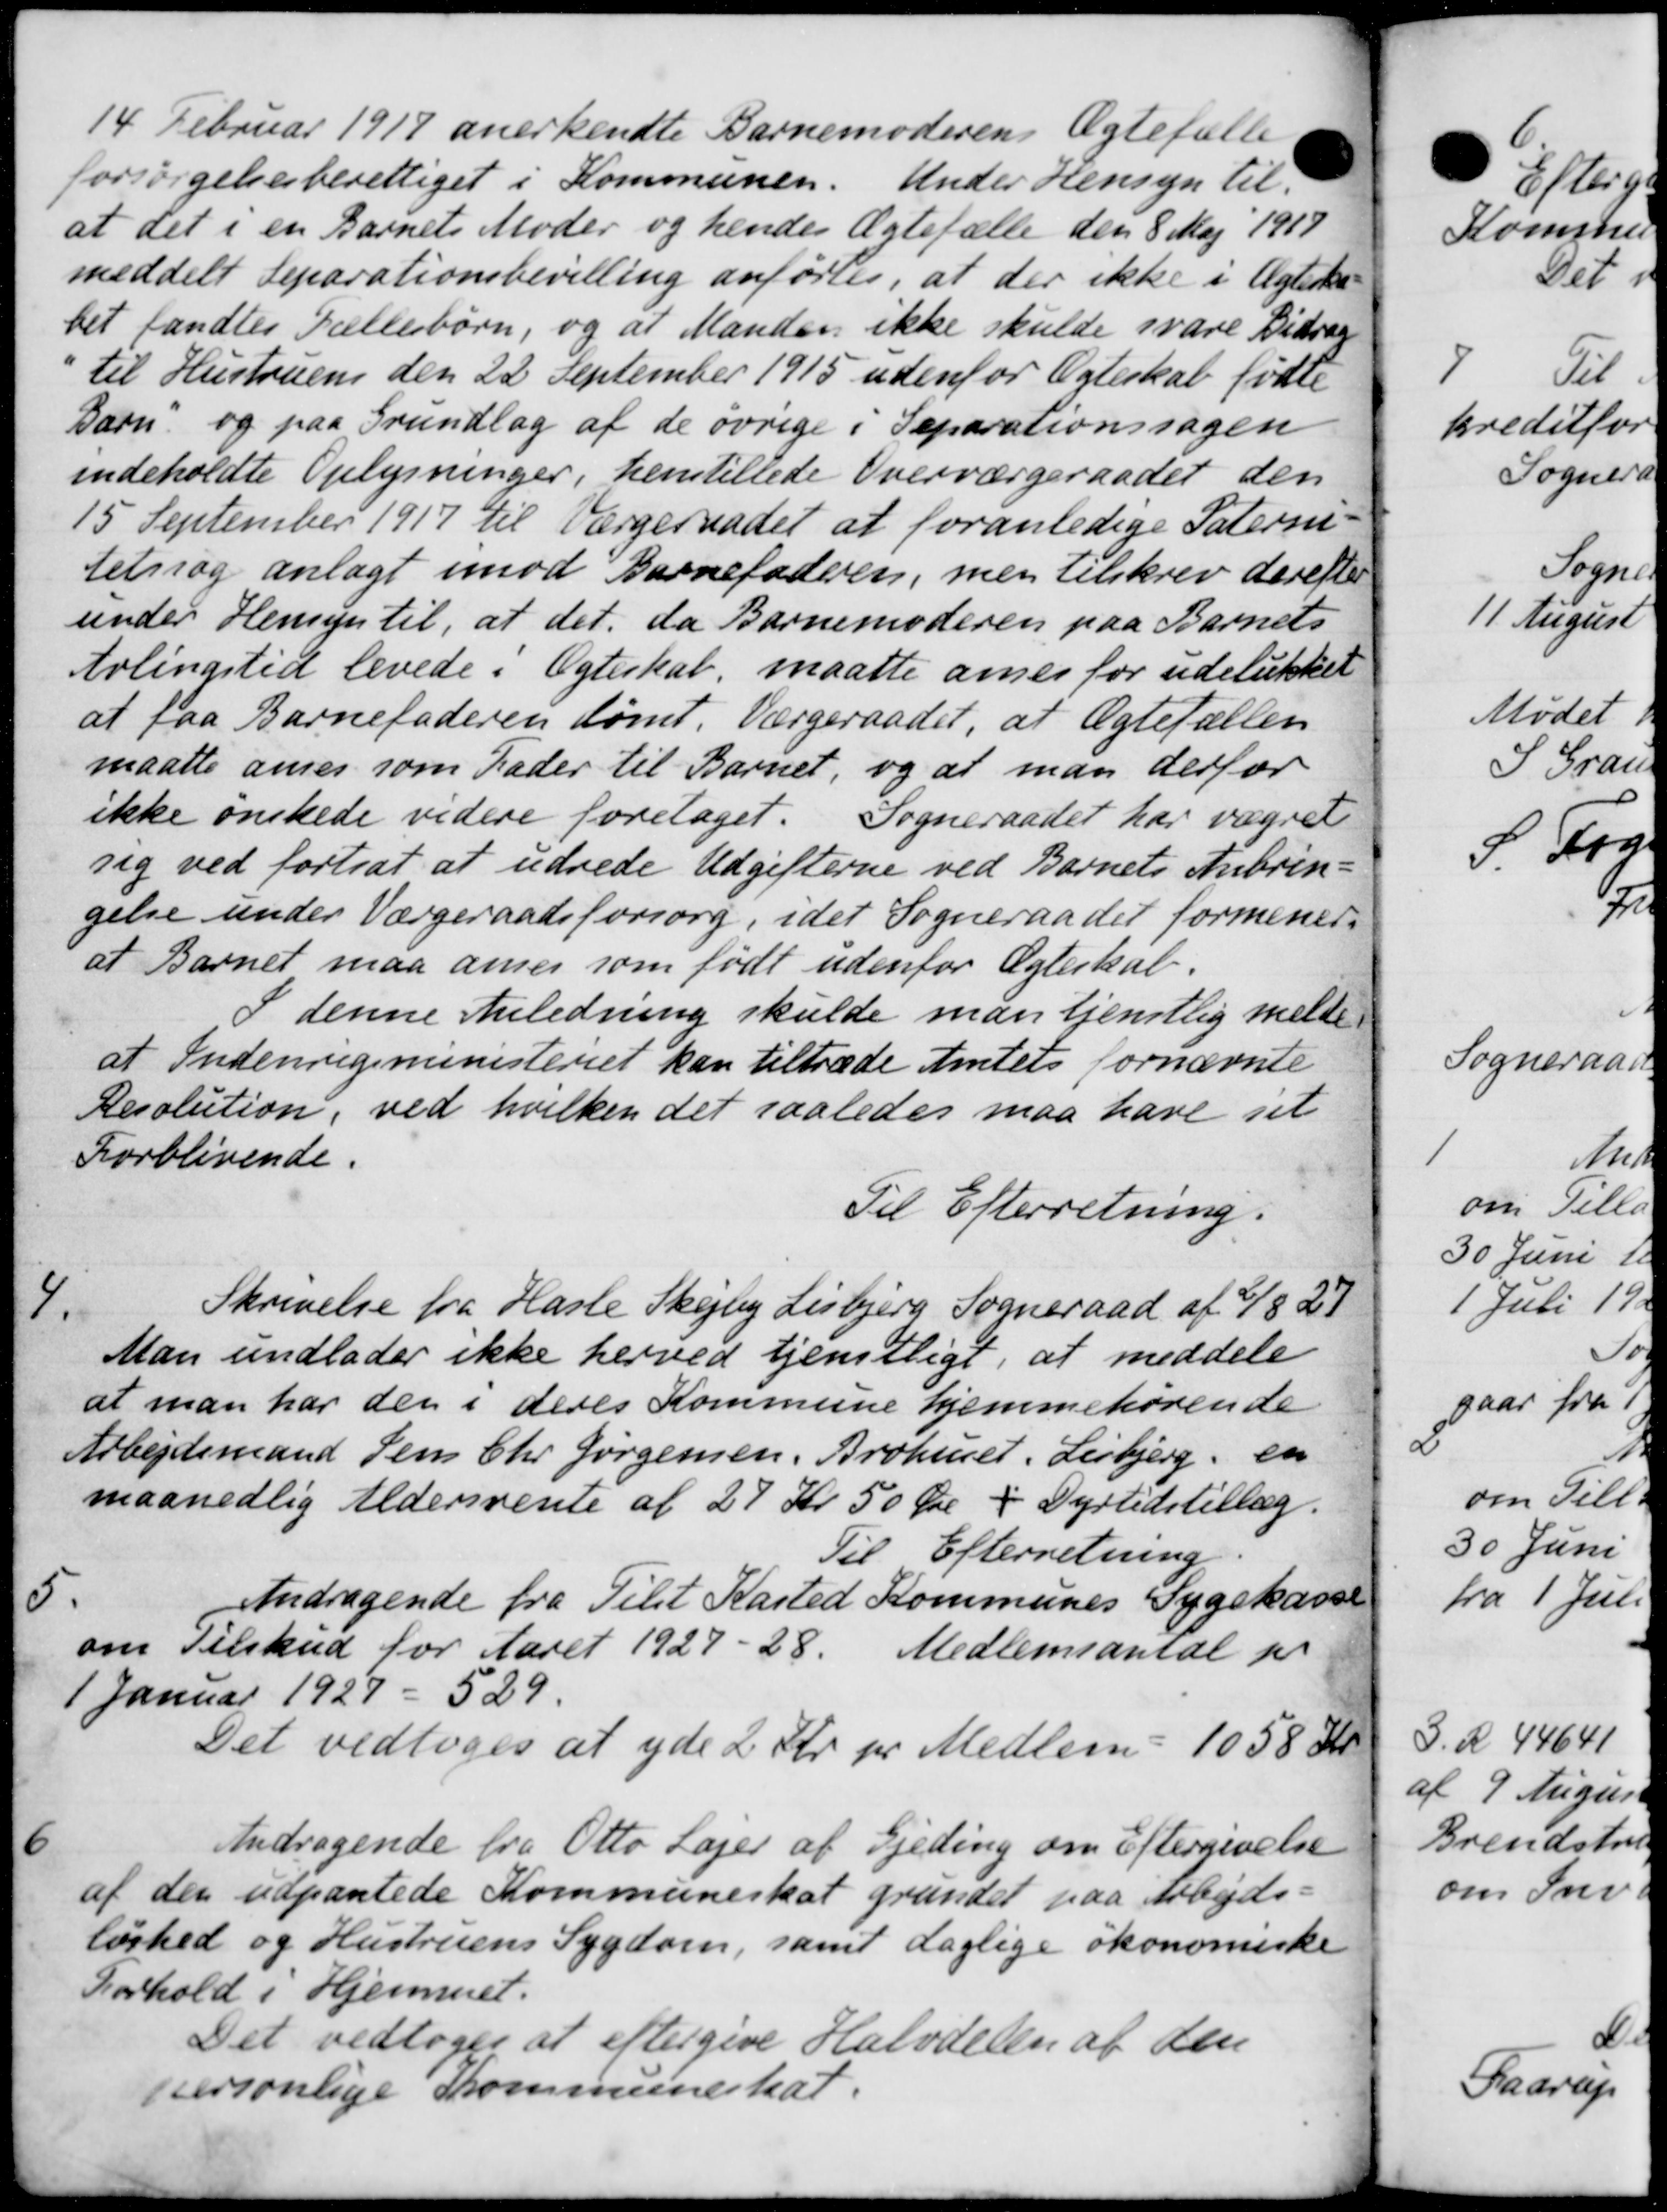
Transskription:
14 Februar 1917 anerkendte Barnemoderens Ægtefælle
forsørgelsesberettiget i Kommunen. Under Hensyn til
at det i en Barnets Moder og hendes Ægtefælle den 8 Maj 1917
meddelt separationsbevilling anførtes, at der ikke i Ægteska
bet fandtes Tællesbørn, og at Manden ikke skulde svare Bidrag
til Hustruens den 22 September 1915 udenfor Ægteskab fødte
Barn og paa Grundlag af de øvrige i Separationssagen
indeholdte Oplysninger, henstillede Overværgeraadet den
15 September 1917 til Værgeraadet at foranledige Paterin-
tedrag anlagt imod Barnefaderen, men tilskrev derefter
under Hensyn til, at det, da Barnemoderen paa Barnets
Arlingstid levede i Ægteskab, maatte aner for udelukket
at faa Barnefaderen dømt. Værgeraadet, at Ægtefællen
maatte anses som Fader til Barnet, og at man derfor
ikke ønskede videre foretaget. Sogneraadet har vægret
sig ved fortsat at udrede Udgifterne ved Barnets Anbrin-
gelse under Værgeraadsforsorg, idet Sogneraadet formener-
at Barnet maa annes som født udenfor Ægteskab.
I denne Anledning skulde man tjenstlig melde
at Indenrigsministeriet kan tiltræde Amtets fornævnte
Resolution, ved hvilken det saaledes maa have sit
Forblivende.
Til Efterretning.
4.
Skrivelse fra Hasle Skejby Lisbjerg Sogneraad af 6/8 27
Man undlader ikke herved tjenstligt, at meddele
at man har den i deres Kommune hjemmehørende
Arbejdsmand Jens Chr Jørgensen, Brohuset, Lisbjerg. en
maanedlig Aldersrente af 27 Kr 50 Øre i Dyrtidstillæg.
Til Efterretning.
5.
Andragende fra Tilst Kasted Kommunes Sygekasse
om Tilskud for Aaret 1927-28. Medlemsantal pr
1 Januar 1927 = 529.
Det vedtoges at yde 2 Kr pr Medlem - 1058 Kr.
6
Andragende fra Otto Lager af Gjeding om Eftergivelse
af den udpantede Kommuneskat grundet paa Arbejds-
løshed og Hustruens Sygdom, samt daglige økonomiske
Forhold i Hjemmet.
Det vedtoges at eftergive Halvdelen af den
personlige Kommuneskat.